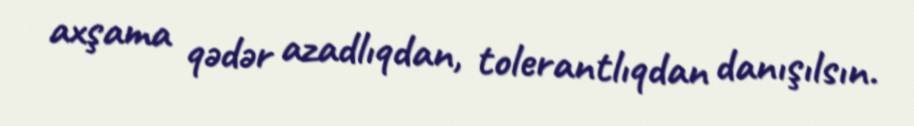
axşama qədər azadlıqdan, tolerantlıqdan danışılsın.